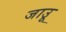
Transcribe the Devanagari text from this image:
जाउू